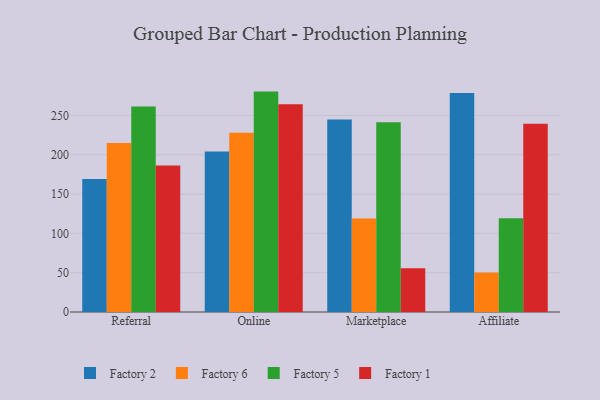
{"axis": {"x": "Channel", "y": "Operating Costs (USD K)"}, "legend": ["Factory 1", "Factory 2", "Factory 5", "Factory 6"], "data": [{"x": "Referral", "y": 169.0, "type": "Factory 2"}, {"x": "Referral", "y": 214.9, "type": "Factory 6"}, {"x": "Referral", "y": 261.4, "type": "Factory 5"}, {"x": "Referral", "y": 186.2, "type": "Factory 1"}, {"x": "Online", "y": 204.1, "type": "Factory 2"}, {"x": "Online", "y": 228.1, "type": "Factory 6"}, {"x": "Online", "y": 280.3, "type": "Factory 5"}, {"x": "Online", "y": 264.1, "type": "Factory 1"}, {"x": "Marketplace", "y": 244.8, "type": "Factory 2"}, {"x": "Marketplace", "y": 119.0, "type": "Factory 6"}, {"x": "Marketplace", "y": 241.3, "type": "Factory 5"}, {"x": "Marketplace", "y": 55.7, "type": "Factory 1"}, {"x": "Affiliate", "y": 278.4, "type": "Factory 2"}, {"x": "Affiliate", "y": 50.1, "type": "Factory 6"}, {"x": "Affiliate", "y": 119.1, "type": "Factory 5"}, {"x": "Affiliate", "y": 239.4, "type": "Factory 1"}]}